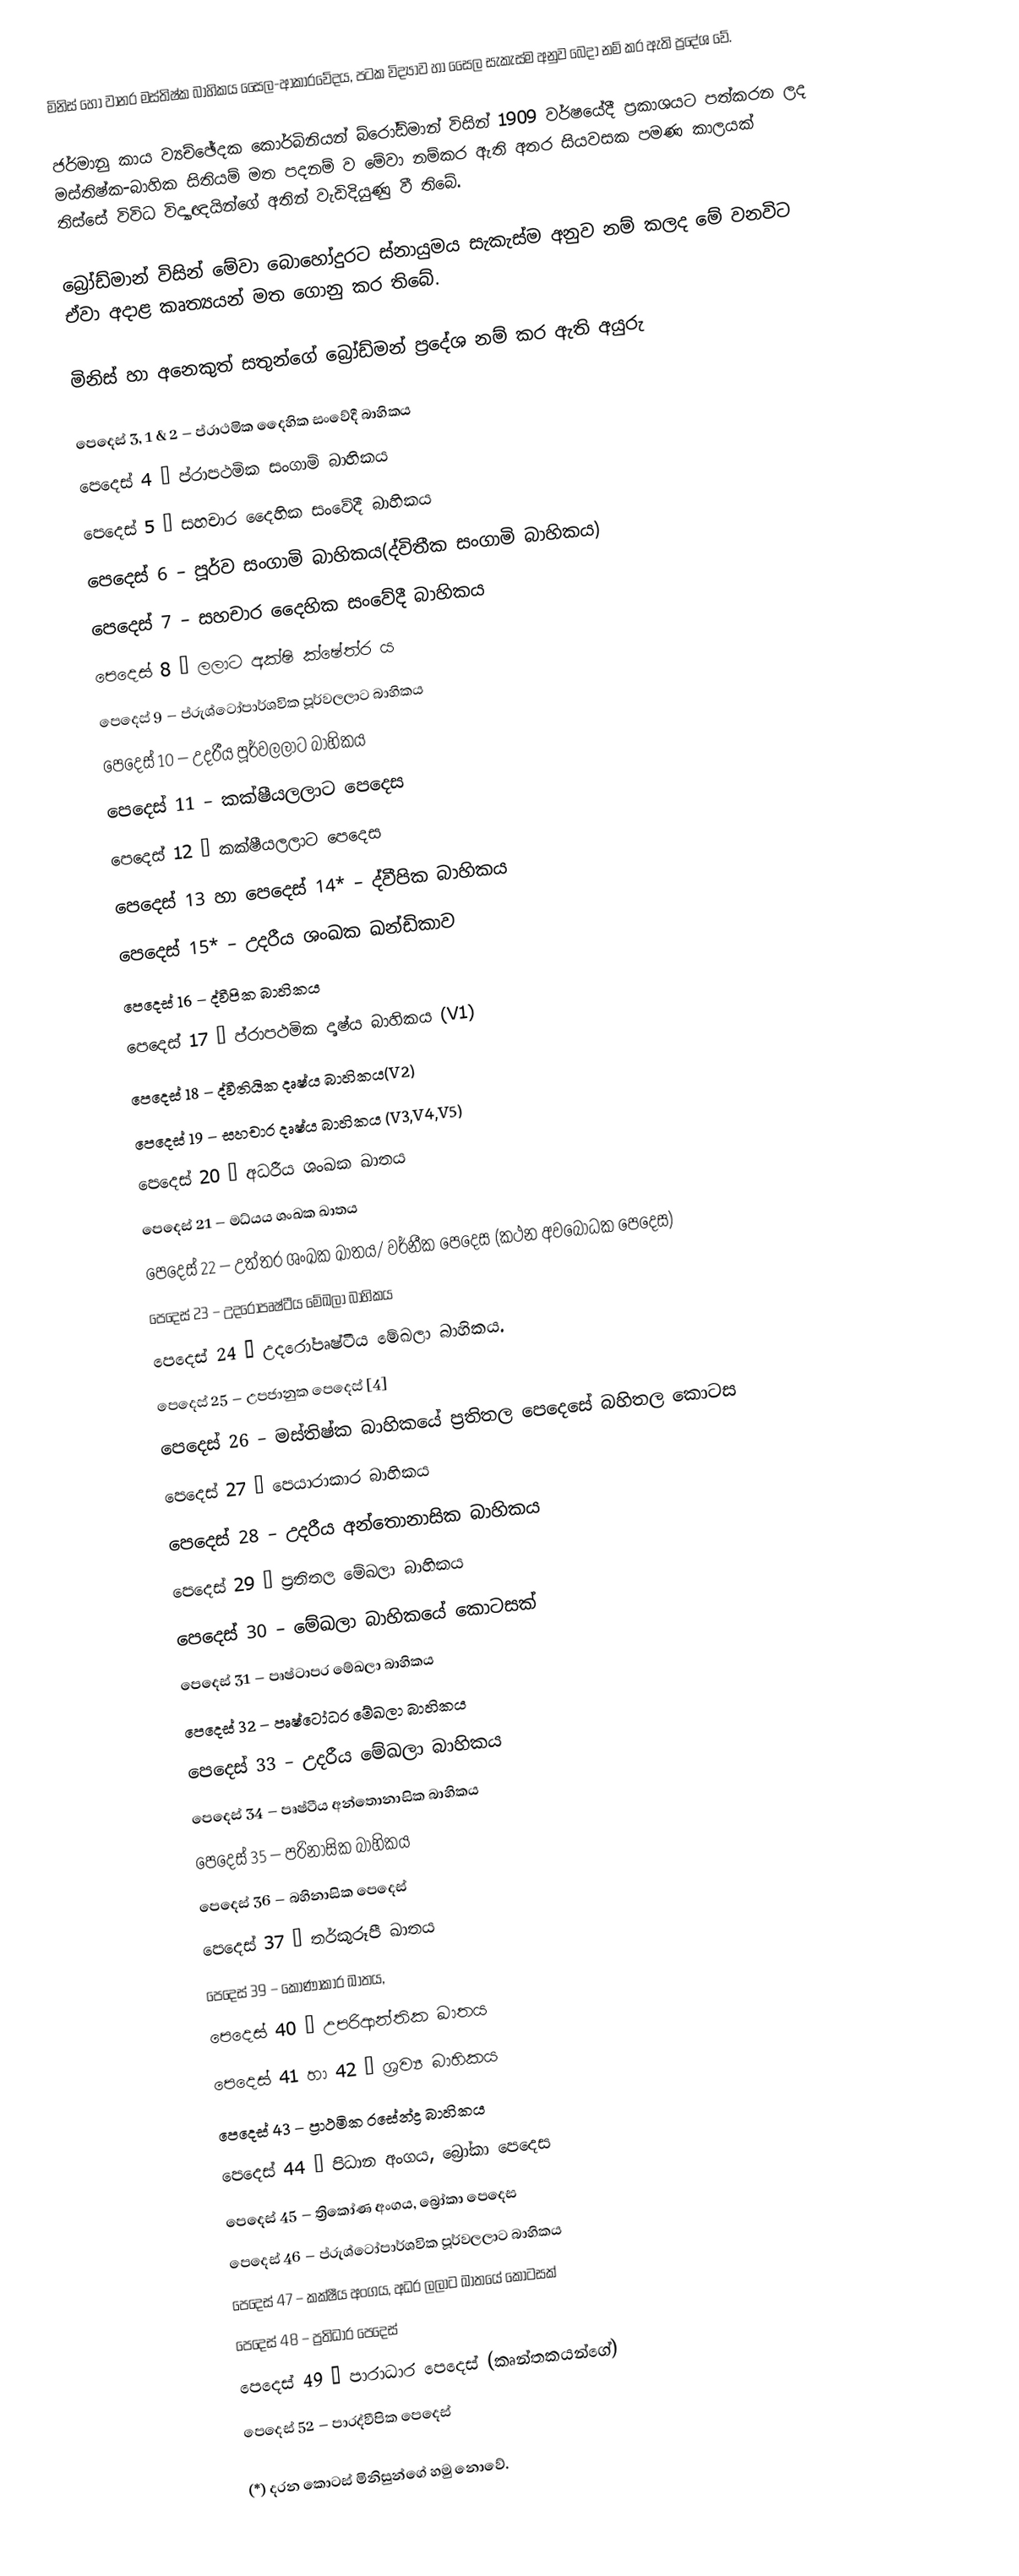
මිනිස් හෝ වානර මස්තිෂ්ක බාහිකය සෛල-ආකාරවේදය, පටක විද්‍යාව හා සෛල සැකැස්ම අනුව බෙදා නම් කර ඇති ප්‍රදේශ වේ.

ජර්මානු කාය ව්‍යච්ඡේදක කොර්බිනියන් බ්රෝඩ්මාන් විසින් 1909 වර්ෂයේදී ප්‍රකාශයට පත්කරන ලද මස්තිෂ්ක-බාහික සිතියම් මත පදනම් ව මේවා නම්කර ඇති අතර සියවසක පමණ කාලයක් තිස්සේ විවිධ විද්‍යාඥයින්ගේ අතින් වැඩිදියුණු වී තිබේ.

බ්‍රෝඩ්මාන් විසින් මේවා බොහෝදුරට ස්නායුමය සැකැස්ම අනුව නම් කලද මේ වනවිට ඒවා අදාළ කෘත්‍යයන් මත ගොනු කර තිබේ.

මිනිස් හා අනෙකුත් සතුන්ගේ බ්‍රෝඩ්මන් ප්‍රදේශ නම් කර ඇති අයුරු

 පෙදෙස්  3, 1 & 2 – ප්රාථමික දෛහික සංවේදී බාහිකය
 පෙදෙස්  4 – ප්රාපථමික සංගාමි බාහිකය
 පෙදෙස්  5 – සහචාර දෛහික සංවේදී බාහිකය
 පෙදෙස්  6 – පූර්ව සංගාමි බාහිකය(ද්විතීක සංගාමි බාහිකය)
 පෙදෙස්  7 – සහචාර දෛහික සංවේදී බාහිකය
 පෙදෙස්  8 – ලලාට අක්ෂි ක්ෂේත්ර ය
 පෙදෙස්  9 – ප්රුශ්ටෝපාර්ශවික පූර්වලලාට බාහිකය
 පෙදෙස්  10 – උදරීය පූර්වලලාට බාහිකය
 පෙදෙස්  11 – කක්ෂීයලලාට පෙදෙස
 පෙදෙස්  12 – කක්ෂීයලලාට පෙදෙස
 පෙදෙස්  13 හා  පෙදෙස්  14* – ද්වීපික බාහිකය
 පෙදෙස්  15* – උදරීය ශංඛක ඛන්ඩිකාව
 පෙදෙස්  16 – ද්වීපික බාහිකය
 පෙදෙස්  17 – ප්රාපථමික දෘෂ්ය බාහිකය (V1)
 පෙදෙස්  18 – ද්වීතියික දෘෂ්ය බාහිකය(V2)
 පෙදෙස්  19 – සහචාර දෘෂ්ය බාහිකය (V3,V4,V5)
 පෙදෙස්  20 – අධරීය ශංඛක ඛාතය
 පෙදෙස්  21 – මධ්යය ශංඛක ඛාතය
 පෙදෙස්  22 – උත්තර ශංඛක ඛාතය/ වර්නීක පෙදෙස (කථන අවබෝධක පෙදෙස)
 පෙදෙස්  23 – උදරෝපෘෂ්ටීය මේඛලා බාහිකය
 පෙදෙස්  24 – උදරෝපෘෂ්ටීය මේඛලා  බාහිකය.
 පෙදෙස්  25 – උපජානුක පෙදෙස් [4]
 පෙදෙස්  26 – මස්තිෂ්ක බාහිකයේ ප්‍රතිතල පෙදෙසේ බහිතල කොටස
 පෙදෙස්  27 – පෙයාරාකාර බාහිකය
 පෙදෙස්  28 – උදරීය අන්තොනාසික බාහිකය
 පෙදෙස්  29 – ප්‍රතිතල මේඛලා බාහිකය
 පෙදෙස්  30 – මේඛලා බාහිකයේ කොටසක්
 පෙදෙස්  31 – පෘෂ්ටාපර මේඛලා බාහිකය
 පෙදෙස්  32 – පෘෂ්ටෝධර මේඛලා බාහිකය
 පෙදෙස්  33 – උදරීය මේඛලා බාහිකය
 පෙදෙස්  34 – පෘෂ්ටීය අන්තොනාසික බාහිකය
 පෙදෙස්  35 – පරිනාසික බාහිකය
 පෙදෙස්  36 – බහිනාසික  පෙදෙස්
 පෙදෙස්  37 – තර්කුරූපී ඛාතය
 පෙදෙස්  39 – කෝණාකාර ඛාතය,
 පෙදෙස්  40 – උපරිආන්තික ඛාතය
 පෙදෙස්  41 හා 42 – ශ්‍රව්‍ය බාහිකය
 පෙදෙස්  43 – ප්‍රාථමික රසේන්ද්‍ර බාහිකය
 පෙදෙස්  44 – පිධාන අංගය, බ්‍රෝකා පෙදෙස
 පෙදෙස්  45 – ත්‍රිකෝණ අංගය, බ්‍රෝකා පෙදෙස
 පෙදෙස්  46 – ප්රුශ්ටෝපාර්ශවික පූර්වලලාට බාහිකය
 පෙදෙස්  47 – කක්ෂීය අංගය, අධර ලලාට ඛාතයේ කොටසක්
 පෙදෙස්  48 – ප්‍රතිධාර පෙදෙස්
 පෙදෙස්  49 – පාරාධාර පෙදෙස් (කෘන්තකයන්ගේ)
 පෙදෙස්  52 – පාරද්වීපික පෙදෙස්

(*) දරන කොටස් මිනිසුන්ගේ හමු නොවේ.